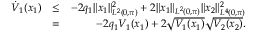
\begin{array} { r l r } { \dot { V } _ { 1 } ( x _ { 1 } ) } & { \leq } & { - 2 q _ { 1 } \| x _ { 1 } \| _ { L ^ { 2 } ( 0 , \pi ) } ^ { 2 } + 2 \| x _ { 1 } \| _ { L ^ { 2 } ( 0 , \pi ) } \| x _ { 2 } \| _ { L ^ { 4 } ( 0 , \pi ) } ^ { 2 } } \\ & { = } & { - 2 q _ { 1 } V _ { 1 } ( x _ { 1 } ) + 2 \sqrt { V _ { 1 } ( x _ { 1 } ) } \sqrt { V _ { 2 } ( x _ { 2 } ) } . } \end{array}